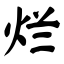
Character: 烂